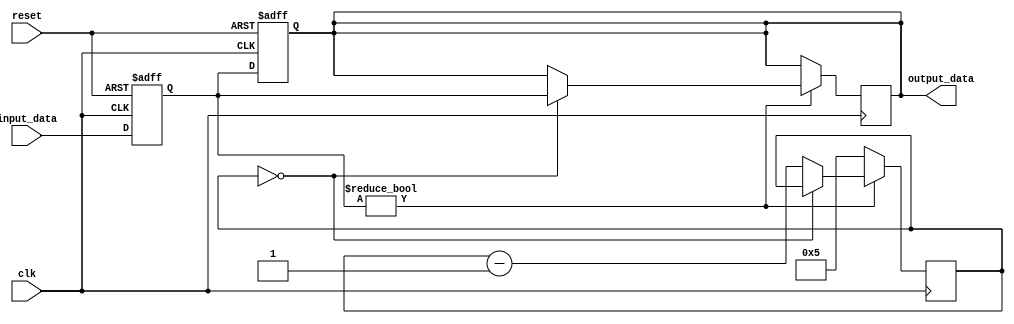
module BufferDelay (
    input wire clk,
    input wire reset,
    input wire [7:0] input_data,
    output reg [7:0] output_data
);

reg [7:0] buffer;
reg [7:0] delay_value = 8'h05; //Adjustable delay setting

always @(posedge clk or posedge reset) begin
    if (reset) begin
        buffer <= 8'h00;
        output_data <= 8'h00;
    end else begin
        buffer <= input_data;
        output_data <= buffer;
    end
end

always @(posedge clk) begin
    if (buffer != 8'h00) begin
        if (delay_value == 8'h00) begin
            output_data <= buffer;
        end else begin
            delay_value <= delay_value - 1;
        end
    end else begin
        delay_value <= 8'h05;
    end
end

endmodule